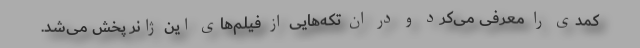
کمدی را معرفی می‌کرد و در ان تکه‌هایی از فیلم‌های این ژانر پخش می‌شد.